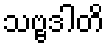
သဗ္ဗဒါတိ